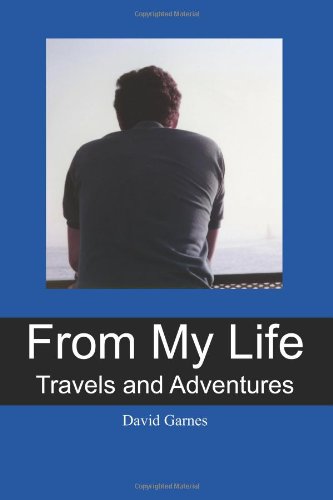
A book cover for From My Life: Travels and Adventures; David Garnes; Travel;